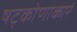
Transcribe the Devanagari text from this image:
षट्कोणाकारं